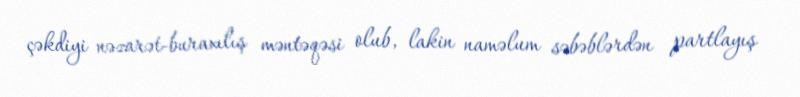
çəkdiyi nəzarət-buraxılış məntəqəsi olub, lakin naməlum səbəblərdən partlayış